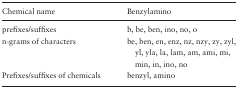
<table><thead><tr><td><b>Chemical name</b></td><td><b>Benzylamino</b></td></tr></thead><tbody><tr><td>prefixes/suffixes</td><td>b, be, ben, ino, no, o</td></tr><tr><td>n-grams of characters</td><td>be, ben, en, enz, nz, nzy, zy, zyl, yl, yla, la, lam, am, ami, mi, min, in, ino, no</td></tr><tr><td>Prefixes/suffixes of chemicals</td><td>benzyl, amino</td></tr></tbody></table>